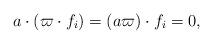
LaTeX: \begin{align*} a \cdot (\varpi \cdot f_i) = (a \varpi) \cdot f_i = 0,\end{align*}